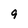
Character: 9